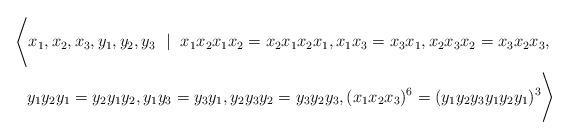
LaTeX: \begin{align*}&\Bigg\langle x_1,x_2,x_3,y_1,y_2,y_3~\mid~x_1x_2x_1x_2=x_2x_1x_2x_1, x_1x_3=x_3x_1, x_2x_3x_2=x_3x_2x_3,\\&\hskip3mm y_1y_2y_1=y_2y_1y_2, y_1y_3=y_3y_1, y_2y_3y_2=y_3y_2y_3, (x_1x_2x_3)^6=(y_1y_2y_3y_1y_2y_1)^3\Bigg\rangle\end{align*}